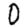
Digit: 0